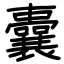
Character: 囊